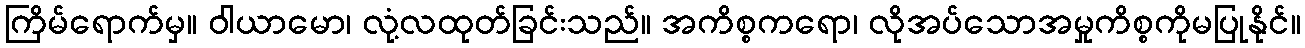
ကြိမ်ရောက်မှ။ ဝါယာမော၊ လုံ့လထုတ်ခြင်းသည်။ အကိစ္စကရော၊ လိုအပ်သောအမှုကိစ္စကိုမပြုနိုင်။